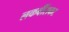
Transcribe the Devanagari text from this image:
लकबींसकट